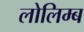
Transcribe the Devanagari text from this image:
लोलिम्ब